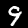
Label: 9